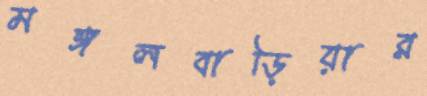
মঙ্গলবাড়িয়ার